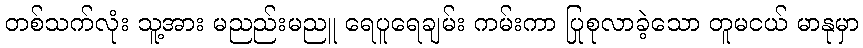
တစ်သက်လုံး သူ့အား မညည်းမညူ ရေပူရေချမ်း ကမ်းကာ ပြုစုလာခဲ့သော တူမငယ် မာနုမှာ